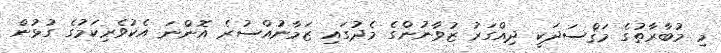
މި މުބާރާތުގެ މަޤްސަދަކީ ދިއްގަރު ޒުވާނުންގެ މެދުގައި ޒަމާނުއްސުރެ އޮންނަ އެކުވެރިކަމުގެ ގުޅުން